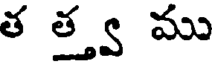
త త్త్వ ము